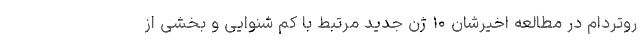
روتردام در مطالعه اخیرشان ۱۰ ژن جدید مرتبط با کم شنوایی و بخشی از